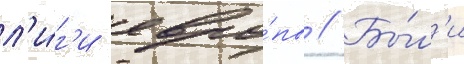
л'и́г'и евро́пы // Бы́л'и